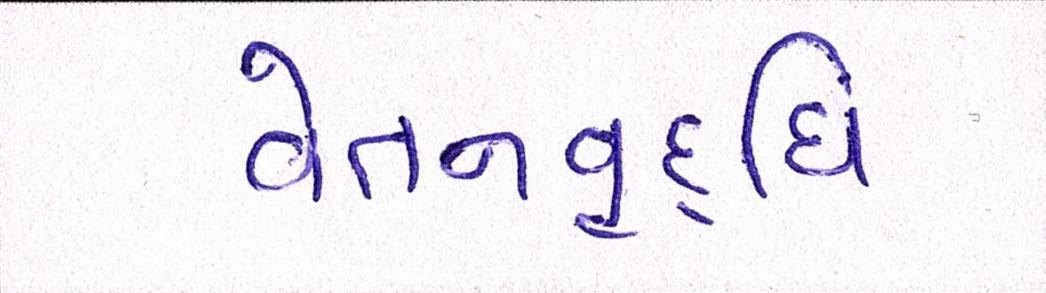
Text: વેતનવૃદ્ધિ